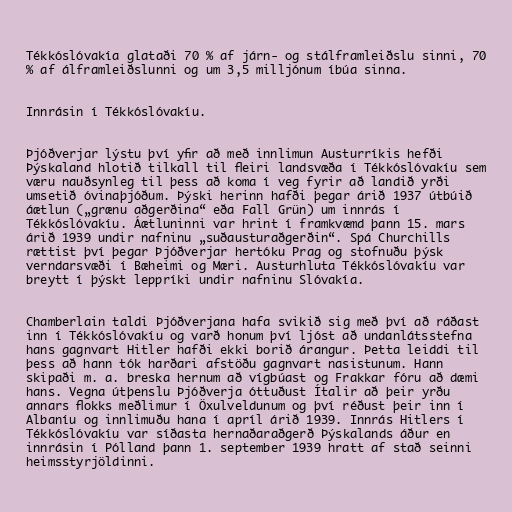
Tékkóslóvakía glataði 70 % af járn- og stálframleiðslu sinni, 70
% af álframleiðslunni og um 3,5 milljónum íbúa sinna.

Innrásin í Tékkóslóvakíu.

Þjóðverjar lýstu því yfir að með innlimun Austurríkis hefði
Þýskaland hlotið tilkall til fleiri landsvæða í Tékkóslóvakíu sem
væru nauðsynleg til þess að koma í veg fyrir að landið yrði
umsetið óvinaþjóðum. Þýski herinn hafði þegar árið 1937 útbúið
áætlun („grænu aðgerðina“ eða Fall Grün) um innrás í
Tékkóslóvakíu. Áætluninni var hrint í framkvæmd þann 15. mars
árið 1939 undir nafninu „suðausturaðgerðin“. Spá Churchills
rættist því þegar Þjóðverjar hertóku Prag og stofnuðu þýsk
verndarsvæði í Bæheimi og Mæri. Austurhluta Tékkóslóvakíu var
breytt í þýskt leppríki undir nafninu Slóvakía.

Chamberlain taldi Þjóðverjana hafa svikið sig með því að ráðast
inn í Tékkóslóvakíu og varð honum því ljóst að undanlátsstefna
hans gagnvart Hitler hafði ekki borið árangur. Þetta leiddi til
þess að hann tók harðari afstöðu gagnvart nasistunum. Hann
skipaði m. a. breska hernum að vígbúast og Frakkar fóru að dæmi
hans. Vegna útþenslu Þjóðverja óttuðust Ítalir að þeir yrðu
annars flokks meðlimur í Öxulveldunum og því réðust þeir inn í
Albaníu og innlimuðu hana í apríl árið 1939. Innrás Hitlers í
Tékkóslóvakíu var síðasta hernaðaraðgerð Þýskalands áður en
innrásin í Pólland þann 1. september 1939 hratt af stað seinni
heimsstyrjöldinni.